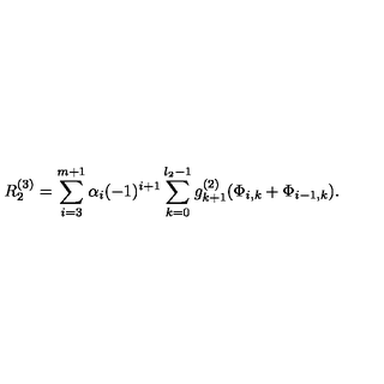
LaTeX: R _ { 2 } ^ { \left( 3 \right) } = \sum _ { i = 3 } ^ { m + 1 } \alpha _ { i } ( - 1 ) ^ { i + 1 } \sum _ { k = 0 } ^ { l _ { 2 } - 1 } g _ { k + 1 } ^ { \left( 2 \right) } ( \Phi _ { i , k } + \Phi _ { i - 1 , k } ) .